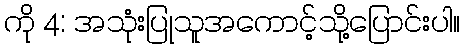
ကို 4: အသုံးပြုသူအကောင့်သို့ပြောင်းပါ။